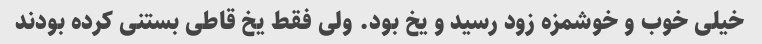
خیلی خوب و خوشمزه زود رسید و یخ بود. ولی فقط یخ قاطی بستنی کرده بودند